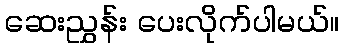
ဆေးညွှန်း ပေးလိုက်ပါမယ်။